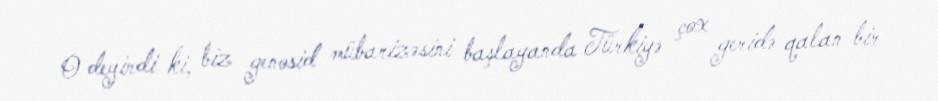
O deyirdi ki, biz genosid mübarizəsini başlayanda Türkiyə çox geridə qalan bir